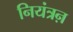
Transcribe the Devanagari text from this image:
नियंत्रऩ